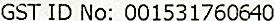
GST ID NO: 001531760640